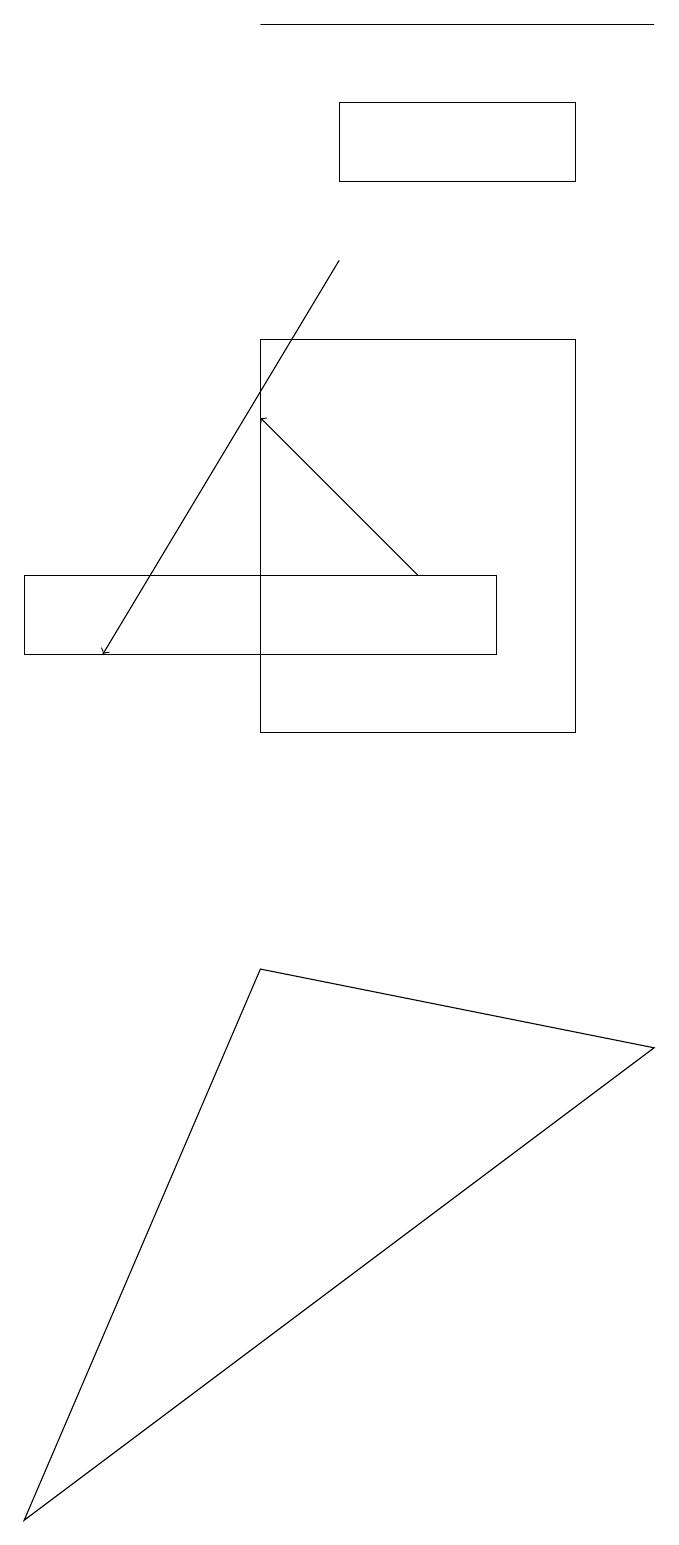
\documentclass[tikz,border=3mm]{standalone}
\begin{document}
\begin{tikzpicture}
\draw (8,17) rectangle (5,18);
\draw (7,11) rectangle (1,12);
\draw[->] (5,16) -- (2,11);
\draw (8,10) rectangle (4,15);
\draw (9,6) -- (4,7) -- (1,0) -- cycle;
\draw (9,19) rectangle (4,19);
\draw[->] (6,12) -- (4,14);
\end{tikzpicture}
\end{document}